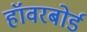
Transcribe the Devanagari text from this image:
हॉवरबोर्ड